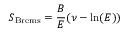
S _ { \mathrm { B r e m s } } = \frac { B } { E } ( \nu - \mathrm { l n } ( E ) )